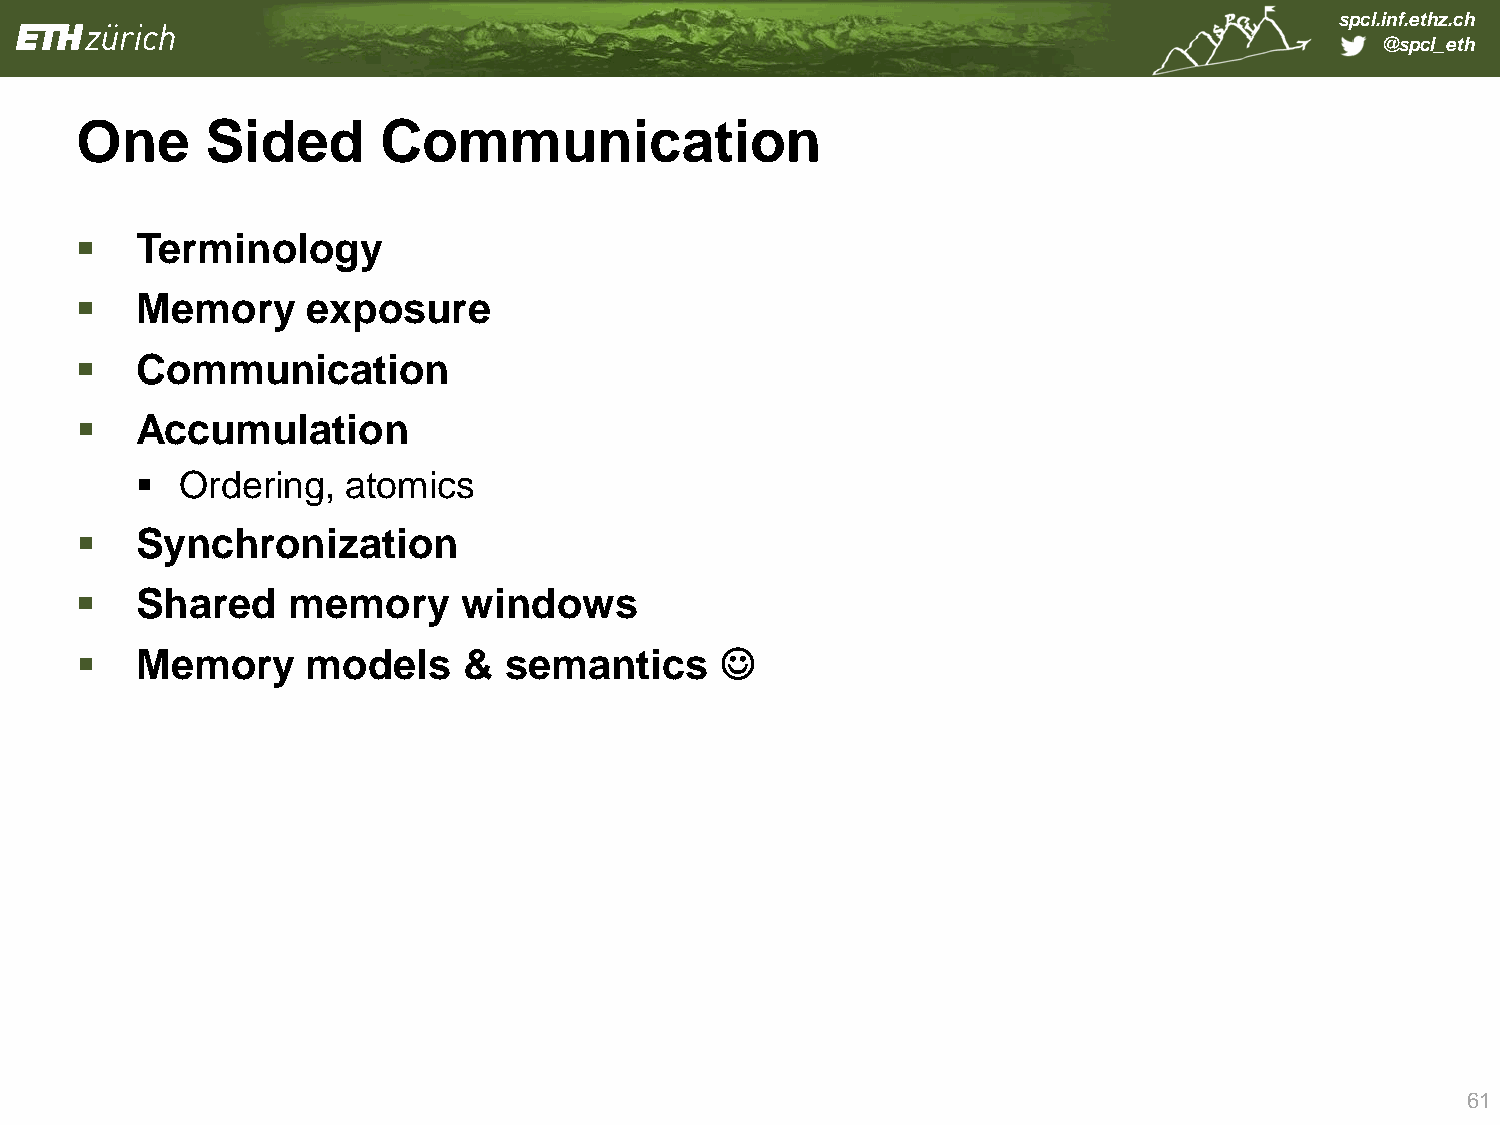
spcl.inf.ethz.ch
 @spcl_eth
 One      Sided      Communication
    Terminology
    Memory     exposure
    Communication
    Accumulation
   Ordering,  atomics
    Synchronization
    Shared    memory      windows
    Memory     models     & semantics      
 61